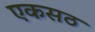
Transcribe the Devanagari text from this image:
एकसठ